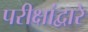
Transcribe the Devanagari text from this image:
परीक्षांद्वारे